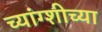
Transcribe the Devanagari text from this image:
च्यांग्शीच्या